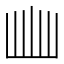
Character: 𭖈